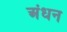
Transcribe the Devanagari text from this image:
अंधन